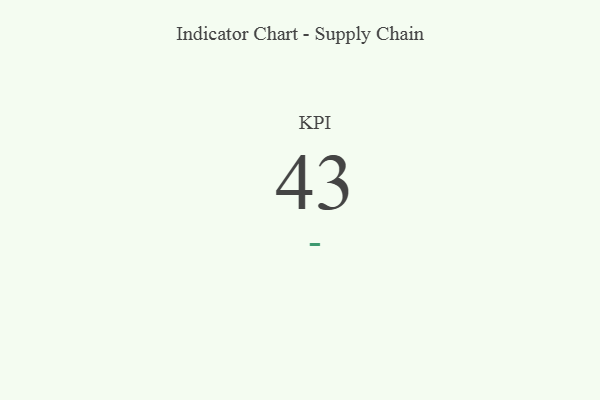
{"axis": {"x": "KPI", "y": "Value"}, "legend": [""], "data": [{"x": "KPI", "y": 43, "type": ""}]}